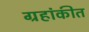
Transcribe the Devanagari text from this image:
ग्रहांकीत